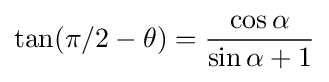
\tan(\pi /2-\theta )={\frac {\cos \alpha }{\sin \alpha +1}}